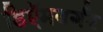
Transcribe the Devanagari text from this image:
डिऍमबर्गर